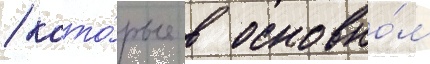
/ кото́рые в основно́м